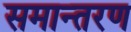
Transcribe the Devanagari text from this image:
समान्तरण